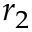
r _ { 2 }